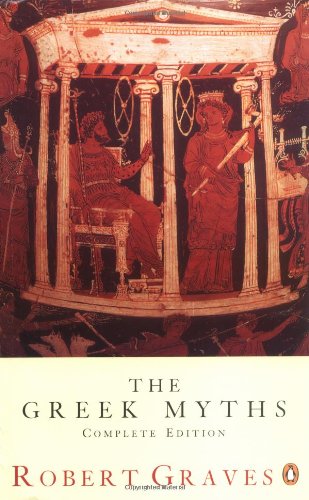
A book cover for The Greek Myths: Complete Edition; Robert Graves; Christian Books & Bibles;